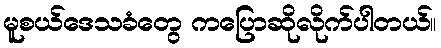
မူစယ်ဒေသခံတွေ ကပြောဆိုလိုက်ပါတယ်။